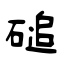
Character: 磓